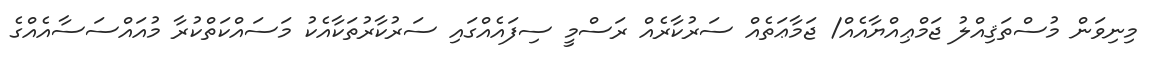
މިނިވަން މުސްތަޤިއްލު ޖަމްޢިއްޔާއެއް/ ޖަމާޢަތެއް ސަރުކާރެއް ރަސްމީ ސިފައެއްގައި ސަރުކާރުތަކާއެކު މަސައްކަތްކުރާ މުއައްސަސާއެއްގެ